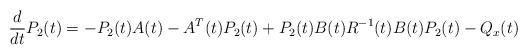
LaTeX: \begin{align*}\frac{d}{dt}P_2(t)=-P_2(t)A(t)-A^T(t)P_2(t)+P_2(t)B(t)R^{-1}(t)B(t)P_2(t)-Q_x(t)\end{align*}